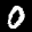
Label: 0